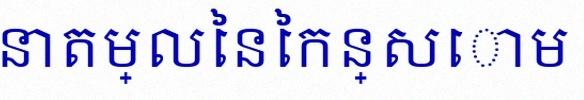
គណនាតម្លៃនៃកន្សោម